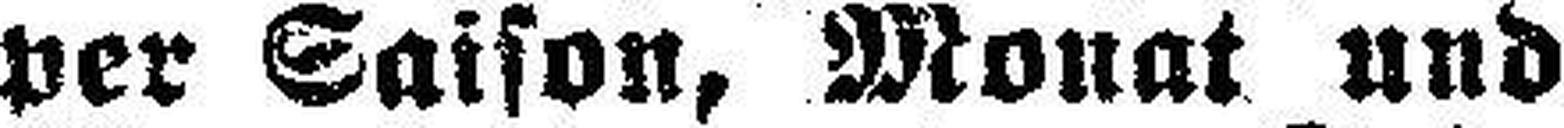
per Saison, Monat und